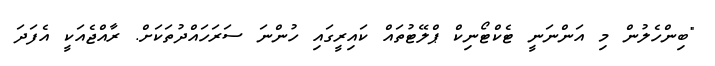
"ބިންހެލުން މި އަންނަނީ ޓެކްޓޯނިކް ޕްލޭޓުތައް ކައިރީގައި ހުންނަ ސަރަހައްދުތަކަށް. ރާއްޖެއަކީ އެފަދަ